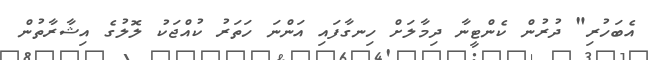
އެބަހުރި" ދުރުން ކެންޓީނާ ދިމާލަށް ހިނގާފައި އަންނަ ހަތަރު ކުއްޖަކު ލޮލުގެ އިޝާރާތުން